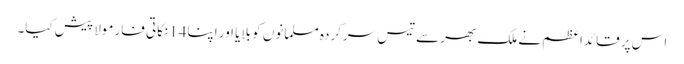
اس پر قائداعظم نے ملک بھر سے تیس سرکردہ مسلمانوں کو بلایا اور اپنا14نکاتی فارمولا پیش کیا۔